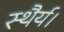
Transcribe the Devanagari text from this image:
स्थैर्य।